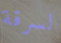
لسرقة